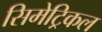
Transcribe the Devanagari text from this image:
सिमेट्रिकल